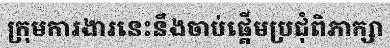
ក្រុមការងារនេះនឹងចាប់ផ្តើមប្រជុំពិភាក្សា